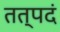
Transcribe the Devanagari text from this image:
तत्पदं